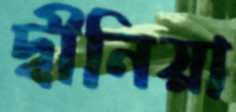
দ্বীনিয়া